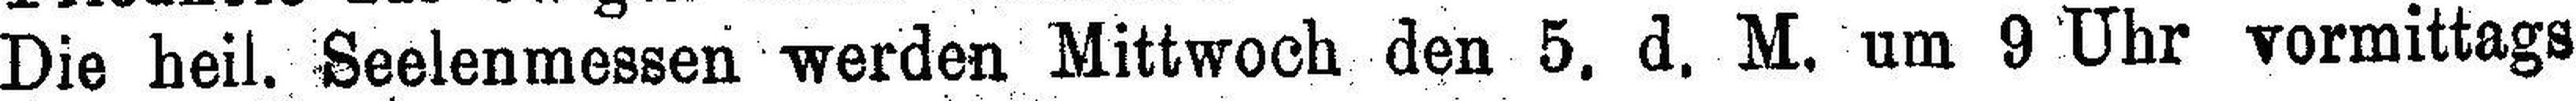
Die heil. Seelenmessen werden Mittwoch den 5. d. M, um 9 Uhr vormittags